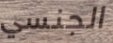
الجنسي